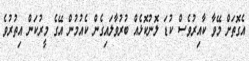
އެގޮތަށް މޭވާ ކާއިރުވެސް ކުޑަ ލޮނުކޮޅެއް ބުރުވާލައިގެން ކެއުމުން އޭގެ މީރުކަން އިތުރުވެ